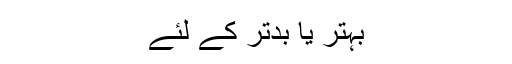
بہتر یا بدتر کے لئے